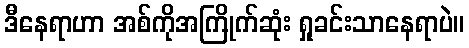
ဒီနေရာဟာ အစ်ကိုအကြိုက်ဆုံး ရှုခင်းသာနေရာပဲ။